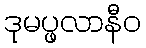
ဒုမပ္ဖလာနီဝ